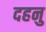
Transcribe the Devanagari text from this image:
दहनु